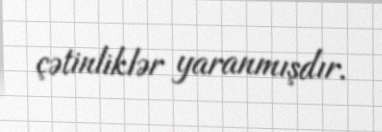
çətinliklər yaranmışdır.